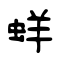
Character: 蛘